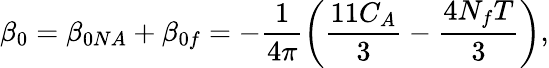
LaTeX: \beta_{0}=\beta_{0NA}+\beta_{0f}=-\frac{1}{4\pi}\left(\frac{11C_{A}}{3}-\frac{4N_{f}T}{3}\right),